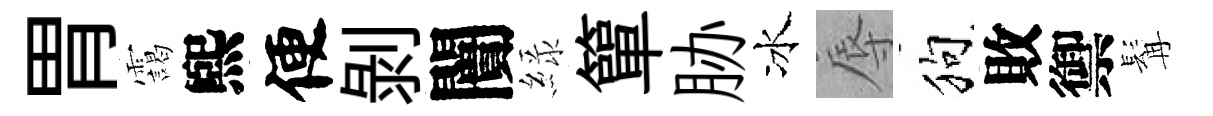
胃靄煕便剝闠緑簞胁冰辱狗敗禦髯